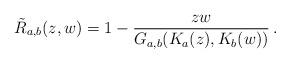
LaTeX: \begin{align*}{\tilde R}_{a,b}(z,w) = 1 - \frac {zw}{G_{a,b}(K_a(z),K_b(w))}\,.\end{align*}